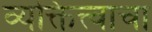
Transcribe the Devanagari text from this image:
व्यक्तित्त्वाचा